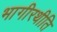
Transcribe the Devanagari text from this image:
भागीरथीति